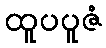
ထူပပူဇံ